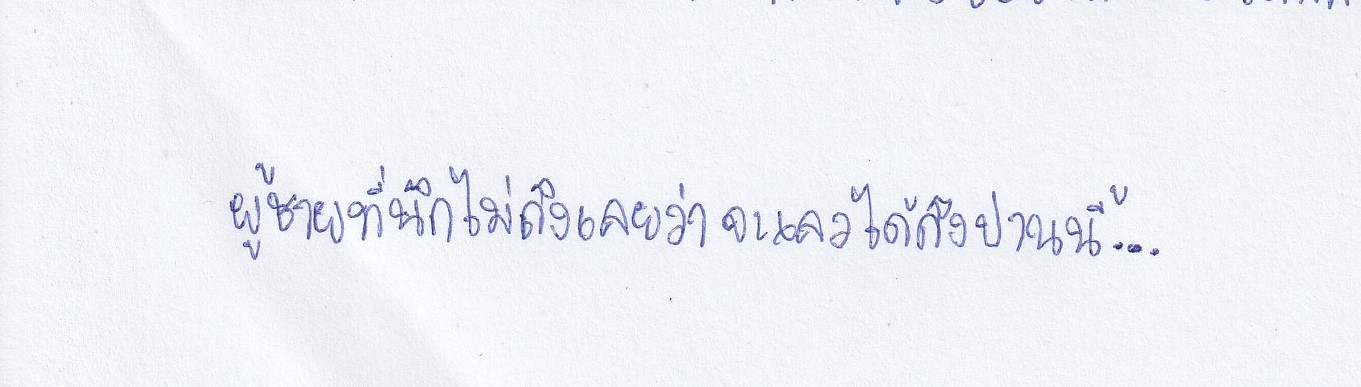
ผู้ชายที่นึกไม่ถึงเลยว่าจะเลวได้ถึงปานนี้...